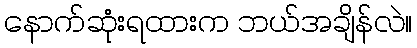
နောက်ဆုံးရထားက ဘယ်အချိန်လဲ။